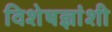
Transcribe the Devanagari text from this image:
विशेषज्ञांशी